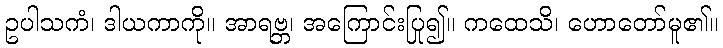
ဥပါသကံ၊ ဒါယကာကို။ အာရဗ္ဘ၊ အကြောင်းပြု၍။ ကထေသိ၊ ဟောတော်မူ၏။